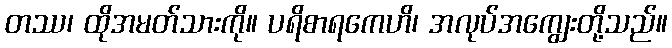
တဿ၊ ထိုအမတ်သားကို။ ပရိစာရကေဟိ၊ အလုပ်အကျွေးတို့သည်။